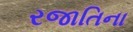
રજાતિના